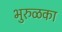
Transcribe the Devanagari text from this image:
भुरुळका